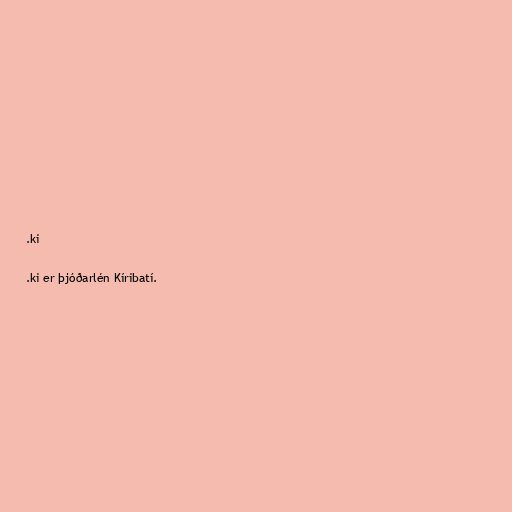
.ki

.ki er þjóðarlén Kíribatí.